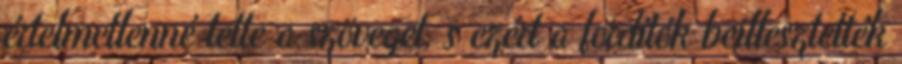
értelmetlenné tette a szöveget, s ezért a fordítók beillesztették